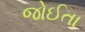
જોઈતા